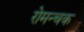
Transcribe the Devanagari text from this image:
रोमन्चक